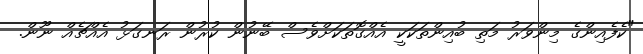
"ކެފެއިންގެ މިންވަރު މަތި ބުއިންތަކަކީ އެއްގޮތަކަށްވެސް ބޭނުން ކުރުން ރަނގަޅު އެއްޗެއް ނޫން.